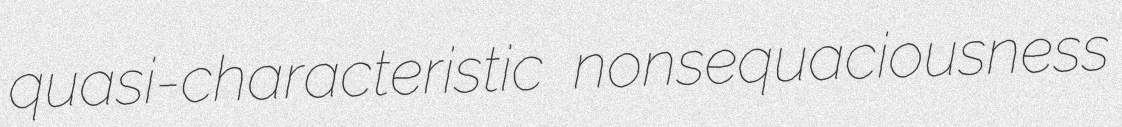
quasi-characteristic nonsequaciousness